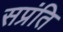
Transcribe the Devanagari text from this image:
सप्रंति